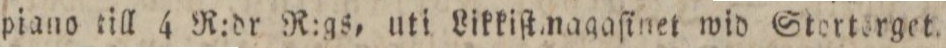
piano till 4 R:dr R:gs, uti Likkiſtmagaſinet wid Stortsrget.